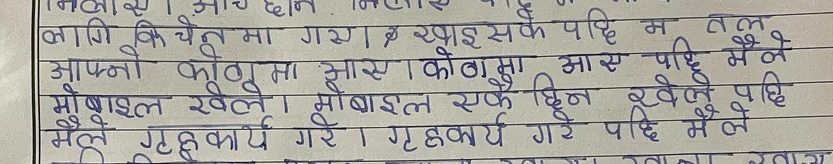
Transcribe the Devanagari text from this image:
लागि कि चेनमा गए। र खाइसके पछि म तल
आफ्नो कोठामा आए। पछि मैले
मोबाइल खेले। मोबाइल एकै छिन खेले पछि
मैले गृहकार्य गरे। गृहकार्य गरे पछि मैले